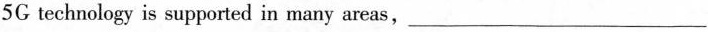
5G technology is supported in many areas, ___